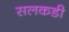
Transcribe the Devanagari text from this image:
सलकडी